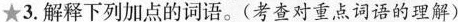
★3.解释下列加点的词语。(考查对重点词语的理解)